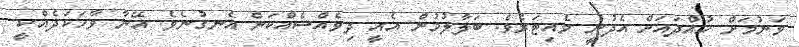
ވަނުމަށް ހުއްދައަށް އެދުނީ ވެއިޓަރެވެ. ބަލާލުމުން އެއީ ދިވެއްސެއްކަން އެނގުނެވެ. އޭނާ ވާހަކަދެއްކީ